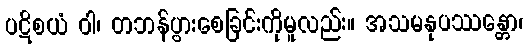
ပဋိစယံ ဝါ၊ တဘန်ပွားစေခြင်းကိုမူလည်း။ အသမနုပဿန္တော၊